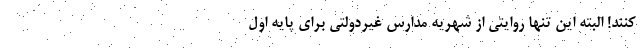
‌کنند! البته این تنها روایتی از شهریه مدارس غیردولتی برای پایه اول